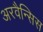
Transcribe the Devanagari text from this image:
अरवैन्सिस